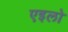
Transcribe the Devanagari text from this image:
एइलो